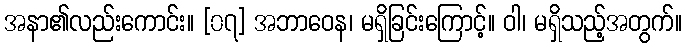
အနာ၏လည်းကောင်း။ [၀၇] အဘာဝေန၊ မရှိခြင်းကြောင့်။ ဝါ၊ မရှိသည့်အတွက်။